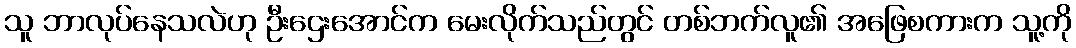
သူ ဘာလုပ်နေသလဲဟု ဦးဌေးအောင်က မေးလိုက်သည်တွင် တစ်ဘက်လူ၏ အဖြေစကားက သူ့ကို